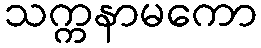
သက္ကနာမကော